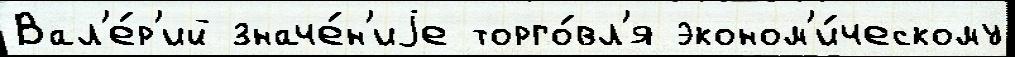
Вал'е́р'ий значе́н'иjе торго́вл'я эконом'и́ческому